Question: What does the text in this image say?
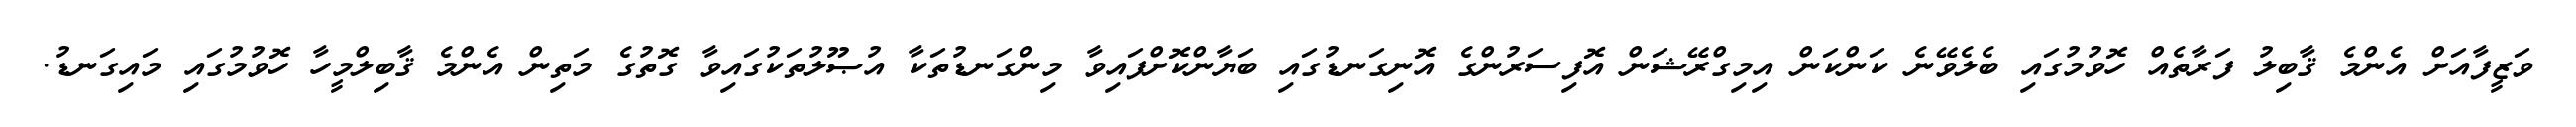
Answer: ވަޒީފާއަށް އެންމެ ޤާބިލު ފަރާތެއް ހޮވުމުގައި ބެލެވޭނެ ކަންކަން އިމިގްރޭޝަން އޮފިސަރުންގެ އޮނިގަނޑުގައި ބަޔާންކޮށްފައިވާ މިންގަނޑުތަކާ އުޞޫލުތަކުގައިވާ ގޮތުގެ މަތިން އެންމެ ޤާބިލްމީހާ ހޮވުމުގައި މައިގަނޑު.